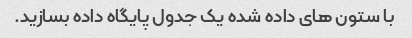
با ستون های داده شده یک جدول پایگاه داده بسازید.